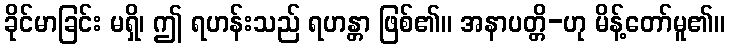
ခိုင်မာခြင်း မရှိ၊ ဤ ရဟန်းသည် ရဟန္တာ ဖြစ်၏။ အနာပတ္တိ-ဟု မိန့်တော်မူ၏။